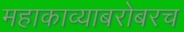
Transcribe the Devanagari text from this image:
महाकाव्याबरोबरच